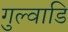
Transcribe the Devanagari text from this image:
गुल्वाडि